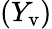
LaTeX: (Y_{\mathrm{v}})